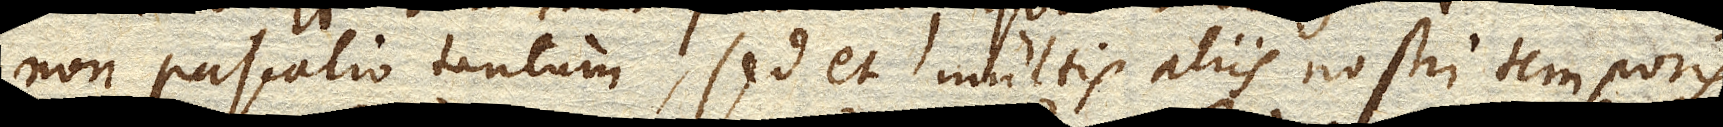
non Pascalio tantum, sed et multis aliis nostri temporis